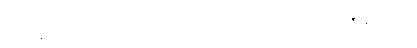
ပဝိသနပညာ၊ အာရုံသို့ သက်ဝင်တတ်သော ပညာတည်း။ ပဇာနနပညာ၊